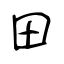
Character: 田